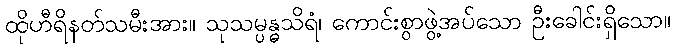
ထိုဟီရိနတ်သမီးအား။ သုသမ္ပန္ဓသိရံ၊ ကောင်းစွာဖွဲ့အပ်သော ဦးခေါင်းရှိသော။